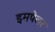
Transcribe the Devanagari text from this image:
इमपेलर